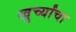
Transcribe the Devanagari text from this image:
खुर्च्यांचा